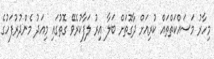
މިހާރު މަސައްކަތްތައް ކުރިއަށް ދާގޮތަށް ބަލާ އިރު ލަފާކުރެވޭ ގޮތުގައި މިއަދު މެންދުރުފަހުގެ